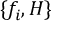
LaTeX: \{ f _ { i } , H \}